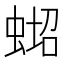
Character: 𱿪